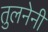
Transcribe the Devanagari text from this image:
तुलनेनी